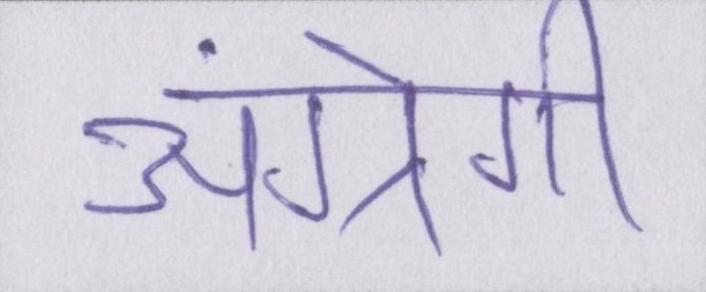
अंग्रेगी